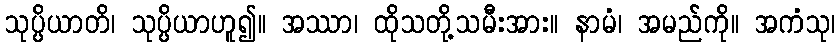
သုပ္ပိယာတိ၊ သုပ္ပိယာဟူ၍။ အဿာ၊ ထိုသတို့သမီးအား။ နာမံ၊ အမည်ကို။ အကံသု၊